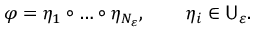
\varphi = \eta _ { 1 } \circ \dots \circ \eta _ { N _ { \varepsilon } } , \qquad \eta _ { i } \in \mathsf { U } _ { \varepsilon } .